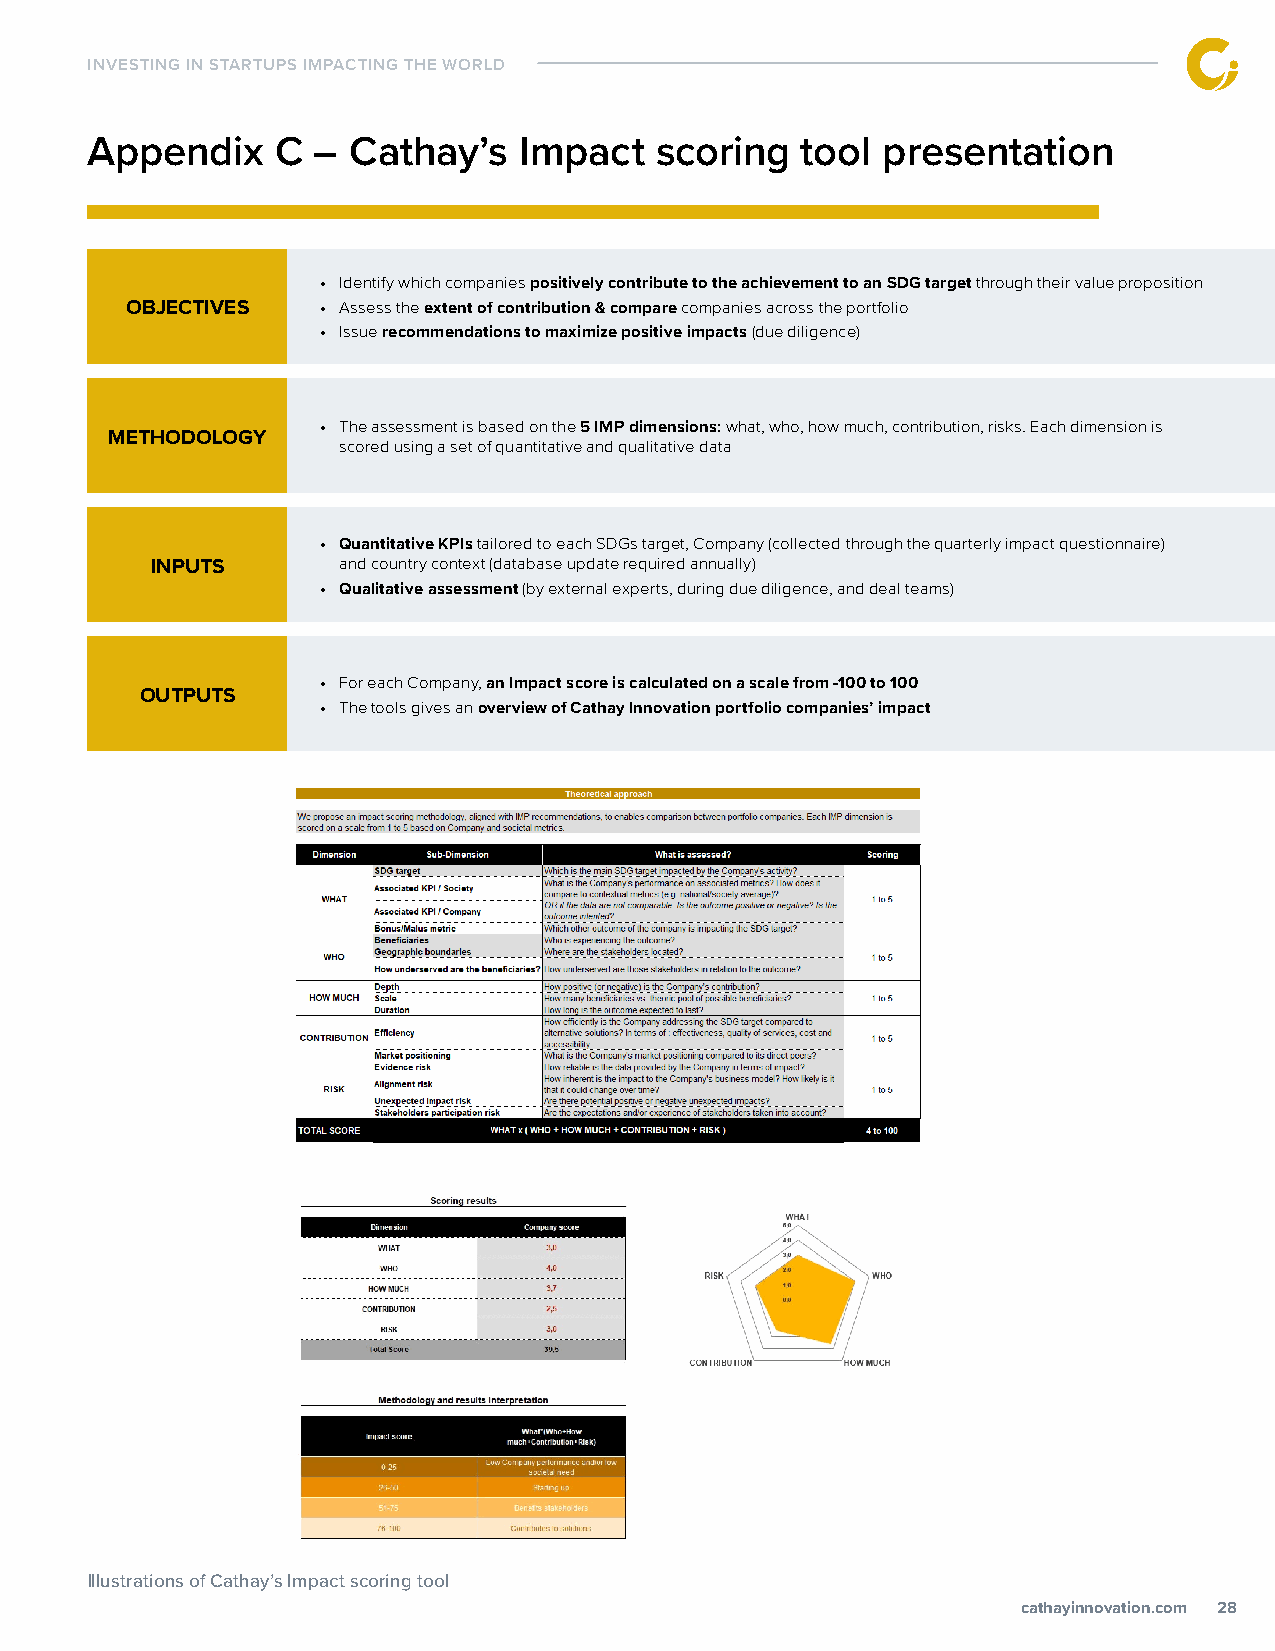
INVESTING IN STARTUPS IMPACTING THE WORLD
 Appendix    C  – Cathay’s   Impact   scoring   tool presentation
 • Identify which companies positively contribute to the achievement to an SDG target through their value proposition
 OBJECTIVES   • Assess the extent of contribution & compare companies across the portfolio
 • Issue recommendations to maximize positive impacts (due diligence)
 • The assessment is based on the 5 IMP dimensions: what, who, how much, contribution, risks. Each dimension is
 MMEETTHHOODDOOLLOOGGYY
 scored using a set of quantitative and qualitative data
 • Quantitative KPIs tailored to each SDGs target, Company (collected through the quarterly impact questionnaire)
 INPUTS      and country context (database update required annually)
 • Qualitative assessment (by external experts, during due diligence, and deal teams)
 • For each Company, an Impact score is calculated on a scale from -100 to 100
 OUTPUTS
 • The tools gives an overview of Cathay Innovation portfolio companies’ impact
 Illustrations of Cathay’s Impact scoring tool
 ccaatthhaayyiinnnnoovvaattiioonn..ccoomm 28